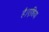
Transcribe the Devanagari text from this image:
है।एशिया